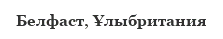
Белфаст, Ұлыбритания